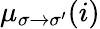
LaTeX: \mu_{\sigma\to\sigma^{\prime}}(i)